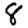
Digit: 8